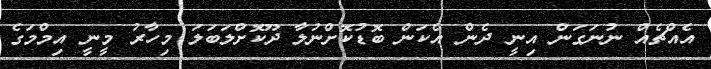
އެއްޗެއް ނުނަގަން އިނީ ދެން އެކަން ބޮޑުކޮށްނުލާ ދޫކޮށްލަބަލަ މިހާރު މީނީ އިމްމަގެ